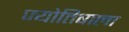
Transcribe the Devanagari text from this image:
ज्योतिषाला